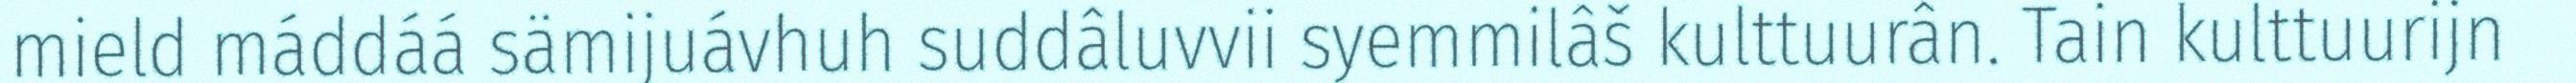
mield máddáá sämijuávhuh suddâluvvii syemmilâš kulttuurân. Tain kulttuurijn